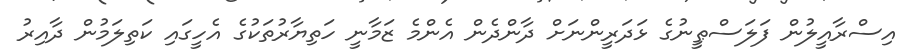
އިސްރާއީލުން ފަލަސްޠީނުގެ ޅަދަރީންނަށް ދާންދެން އެންމެ ޒަމާނީ ހަތިޔާރުތަކުގެ އެހީގައި ކަތިލަމުން ދާއިރު